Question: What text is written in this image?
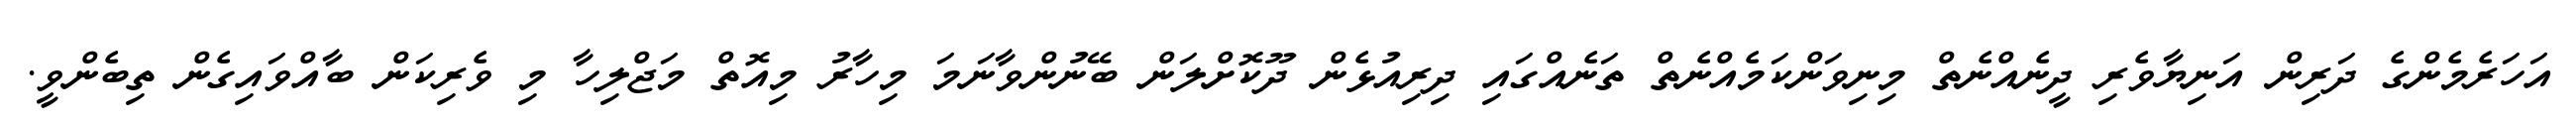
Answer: އަހަރެމެންގެ ދަރިން އަނިޔާވެރި ދީނެއްނެތް މިނިވަންކަމެއްނެތް ތަނެއްގައި ދިރިއުޅެން ދޫކޮށްލަން ބޭނުންވާނަމަ މިހާރު މިއޮތް މަޖްލިހާ މި ވެރިކަން ބާއްވައިގެން ތިބެންވީ.